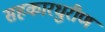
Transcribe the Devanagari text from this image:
सहकारधुरीण